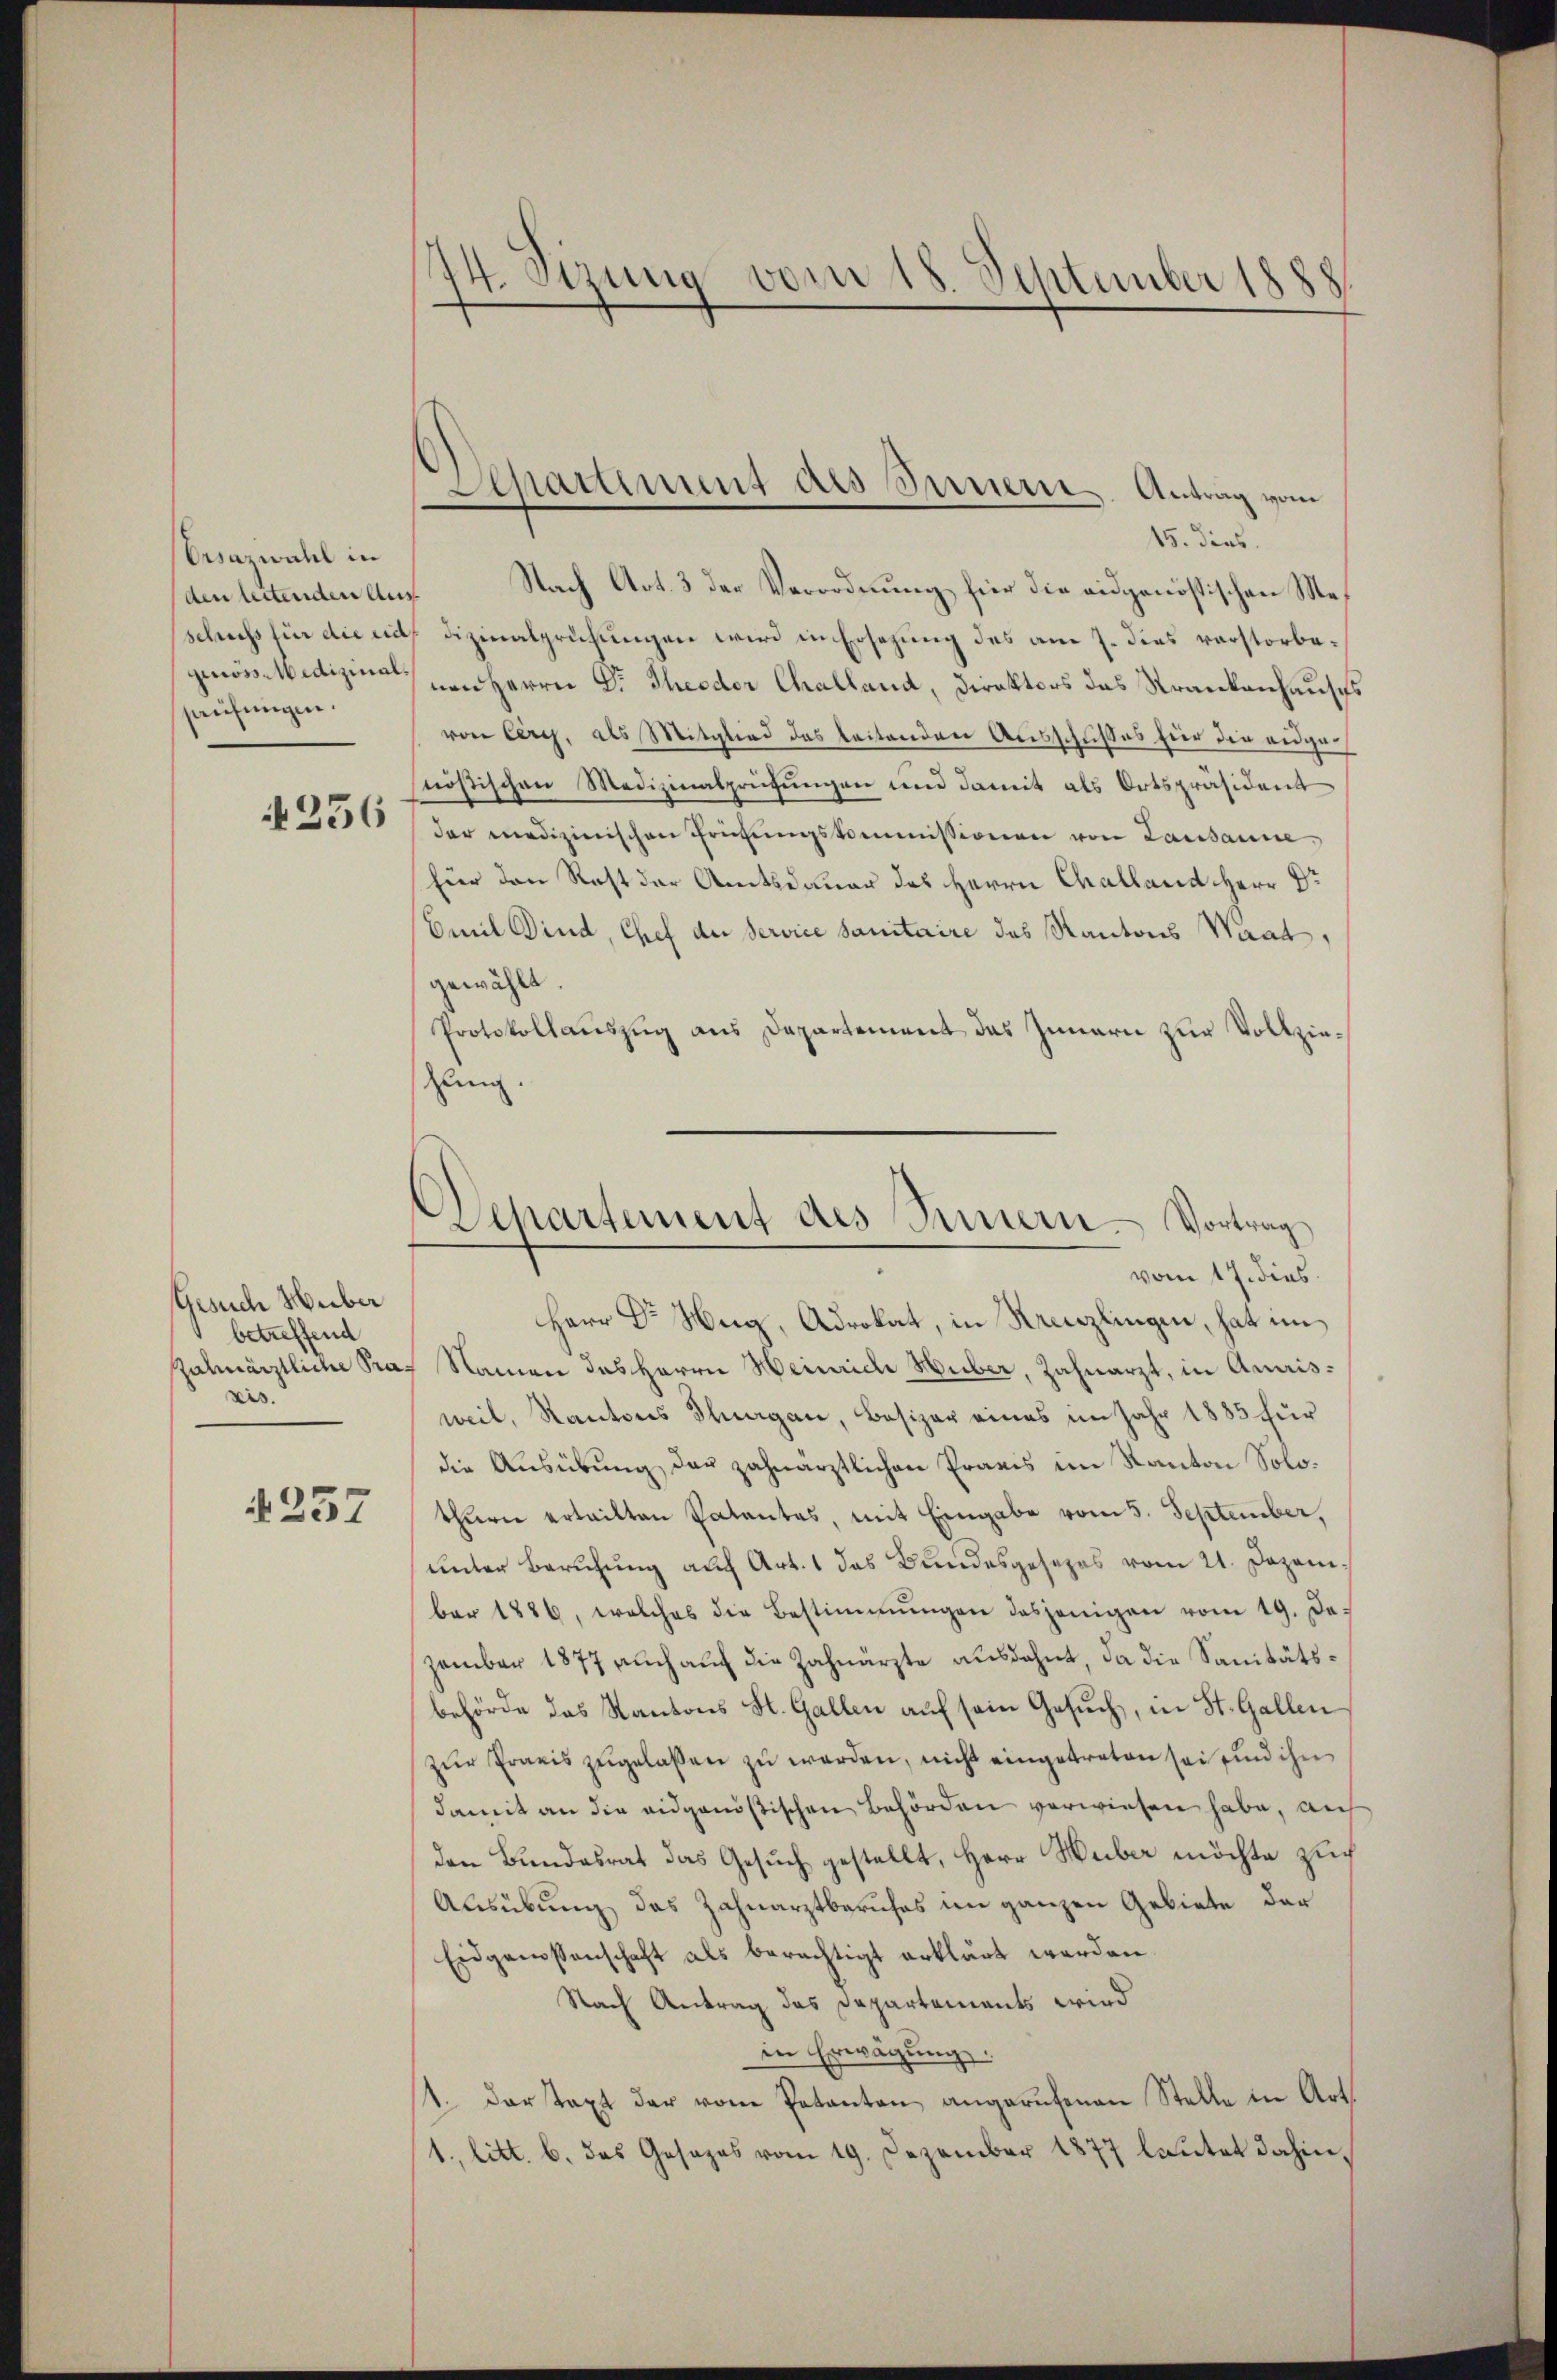
Orsazwahl in
den leitenden Aus
paufungen.

256

Gesuch Huber
betreffend
zahnärztliche Pra
ris.

1257

74. Sizung von
8. September 1888.

15. dies
Nach Art. 3 der Verordnung hier die eidgenössischen Meschuss für die eid. Dizinalprüfungen wird in Ersezung des am 7. dies verstorbegenossedizinal von Herrn Dr. Theeder Challand, Direktors das Strankenhauses
von Cery, als Mitglied das leitenden Ausschußes für die angesnöstischen Medizinalprügungen und damit als Ortspräsident
der medizinischen Frühŭngskommissionen von Lausanne
für den Rest der Amtsdauer des Herrn Challand Herr Dr
Emil Bind, Chef der Service sanitaire des Kantons Staat,
gewählt.
Protokollauszug aus Departement das Innern zur Vollziezung.

Apattment des Innern Antrag vom

Herr Dr. Hug, Advokat, in Kreuzlingen, hat im
Namen des Herrn Heinrich Huber, Zahnarzt, in Amrisweil, Kantons Thurgau, Besizer eines im Jahr 1885 für
die Ausübung der zahnärztlichen Praxis im Kanton Solothurn ertritten Patantas, mit Eingabe vom 5. September,
unter Berufung auch Art. 1 das Bundesgesezes vom 21. Dezember 1886, welches die Bestimmungen dasjenigen vom 19. De
zember 1877 auch auf die Zahnärzte ausdehnt, da die Sanitätsbehörde das Kantons St. Gallen auf sein Gesuch, in St. Gallen
zŭr Praxis zugelassen zu werden, nicht eingetreten sei sind ihn
damit an die eidgenößischen Behörden verwiesen habe, auf
den Bundesrat das Gesuch gestellt, Herr Huber möchte zuch
Ausübung des Zahnarztberufes im ganzen Gebiete der
Eidgenossenschaft als berechtigt erklärt werden.
Nach Antrag das Departements wird
in Erwägung.
14. der taxt der vom Patanten angerufenen Stelle in Art
1. litt. b. das Gesages vom 19. Dezember 1877 lautet dahin,

Departement des Sinnern. Vortrag
vom 17. dies